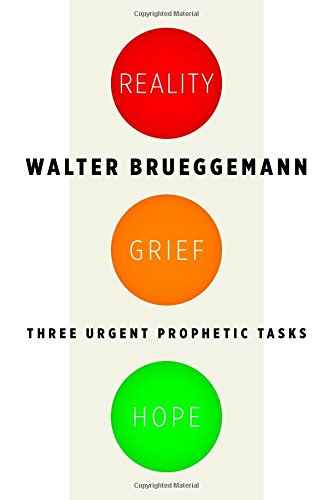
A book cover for Reality, Grief, Hope: Three Urgent Prophetic Tasks; Walter Brueggemann; Christian Books & Bibles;